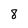
Character: 8